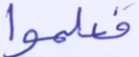
فعلموا